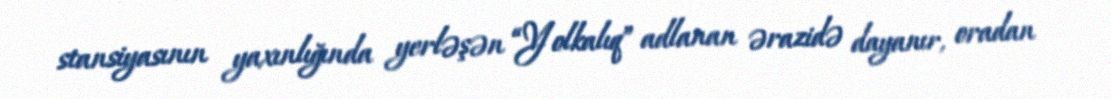
stansiyasının yaxınlığında yerləşən “Yolkalıq” adlanan ərazidə dayanır, oradan